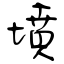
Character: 墳